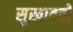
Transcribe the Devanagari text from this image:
सुखावतो